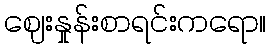
ဈေးနှုန်းစာရင်းကရော။